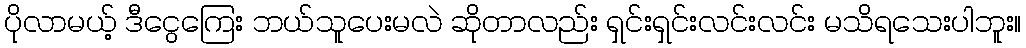
ပိုလာမယ့် ဒီငွေကြေး ဘယ်သူပေးမလဲ ဆိုတာလည်း ရှင်းရှင်းလင်းလင်း မသိရသေးပါဘူး။